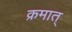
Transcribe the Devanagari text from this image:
क्रमात्